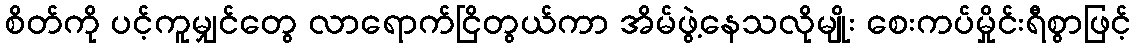
စိတ်ကို ပင့်ကူမျှင်တွေ လာရောက်ငြိတွယ်ကာ အိမ်ဖွဲ့နေသလိုမျိုး စေးကပ်မှိုင်းရီစွာဖြင့်